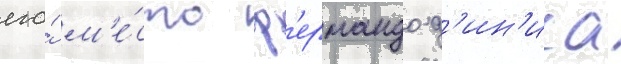
его́ м'е́сто ф'ернандо д'ин'иса